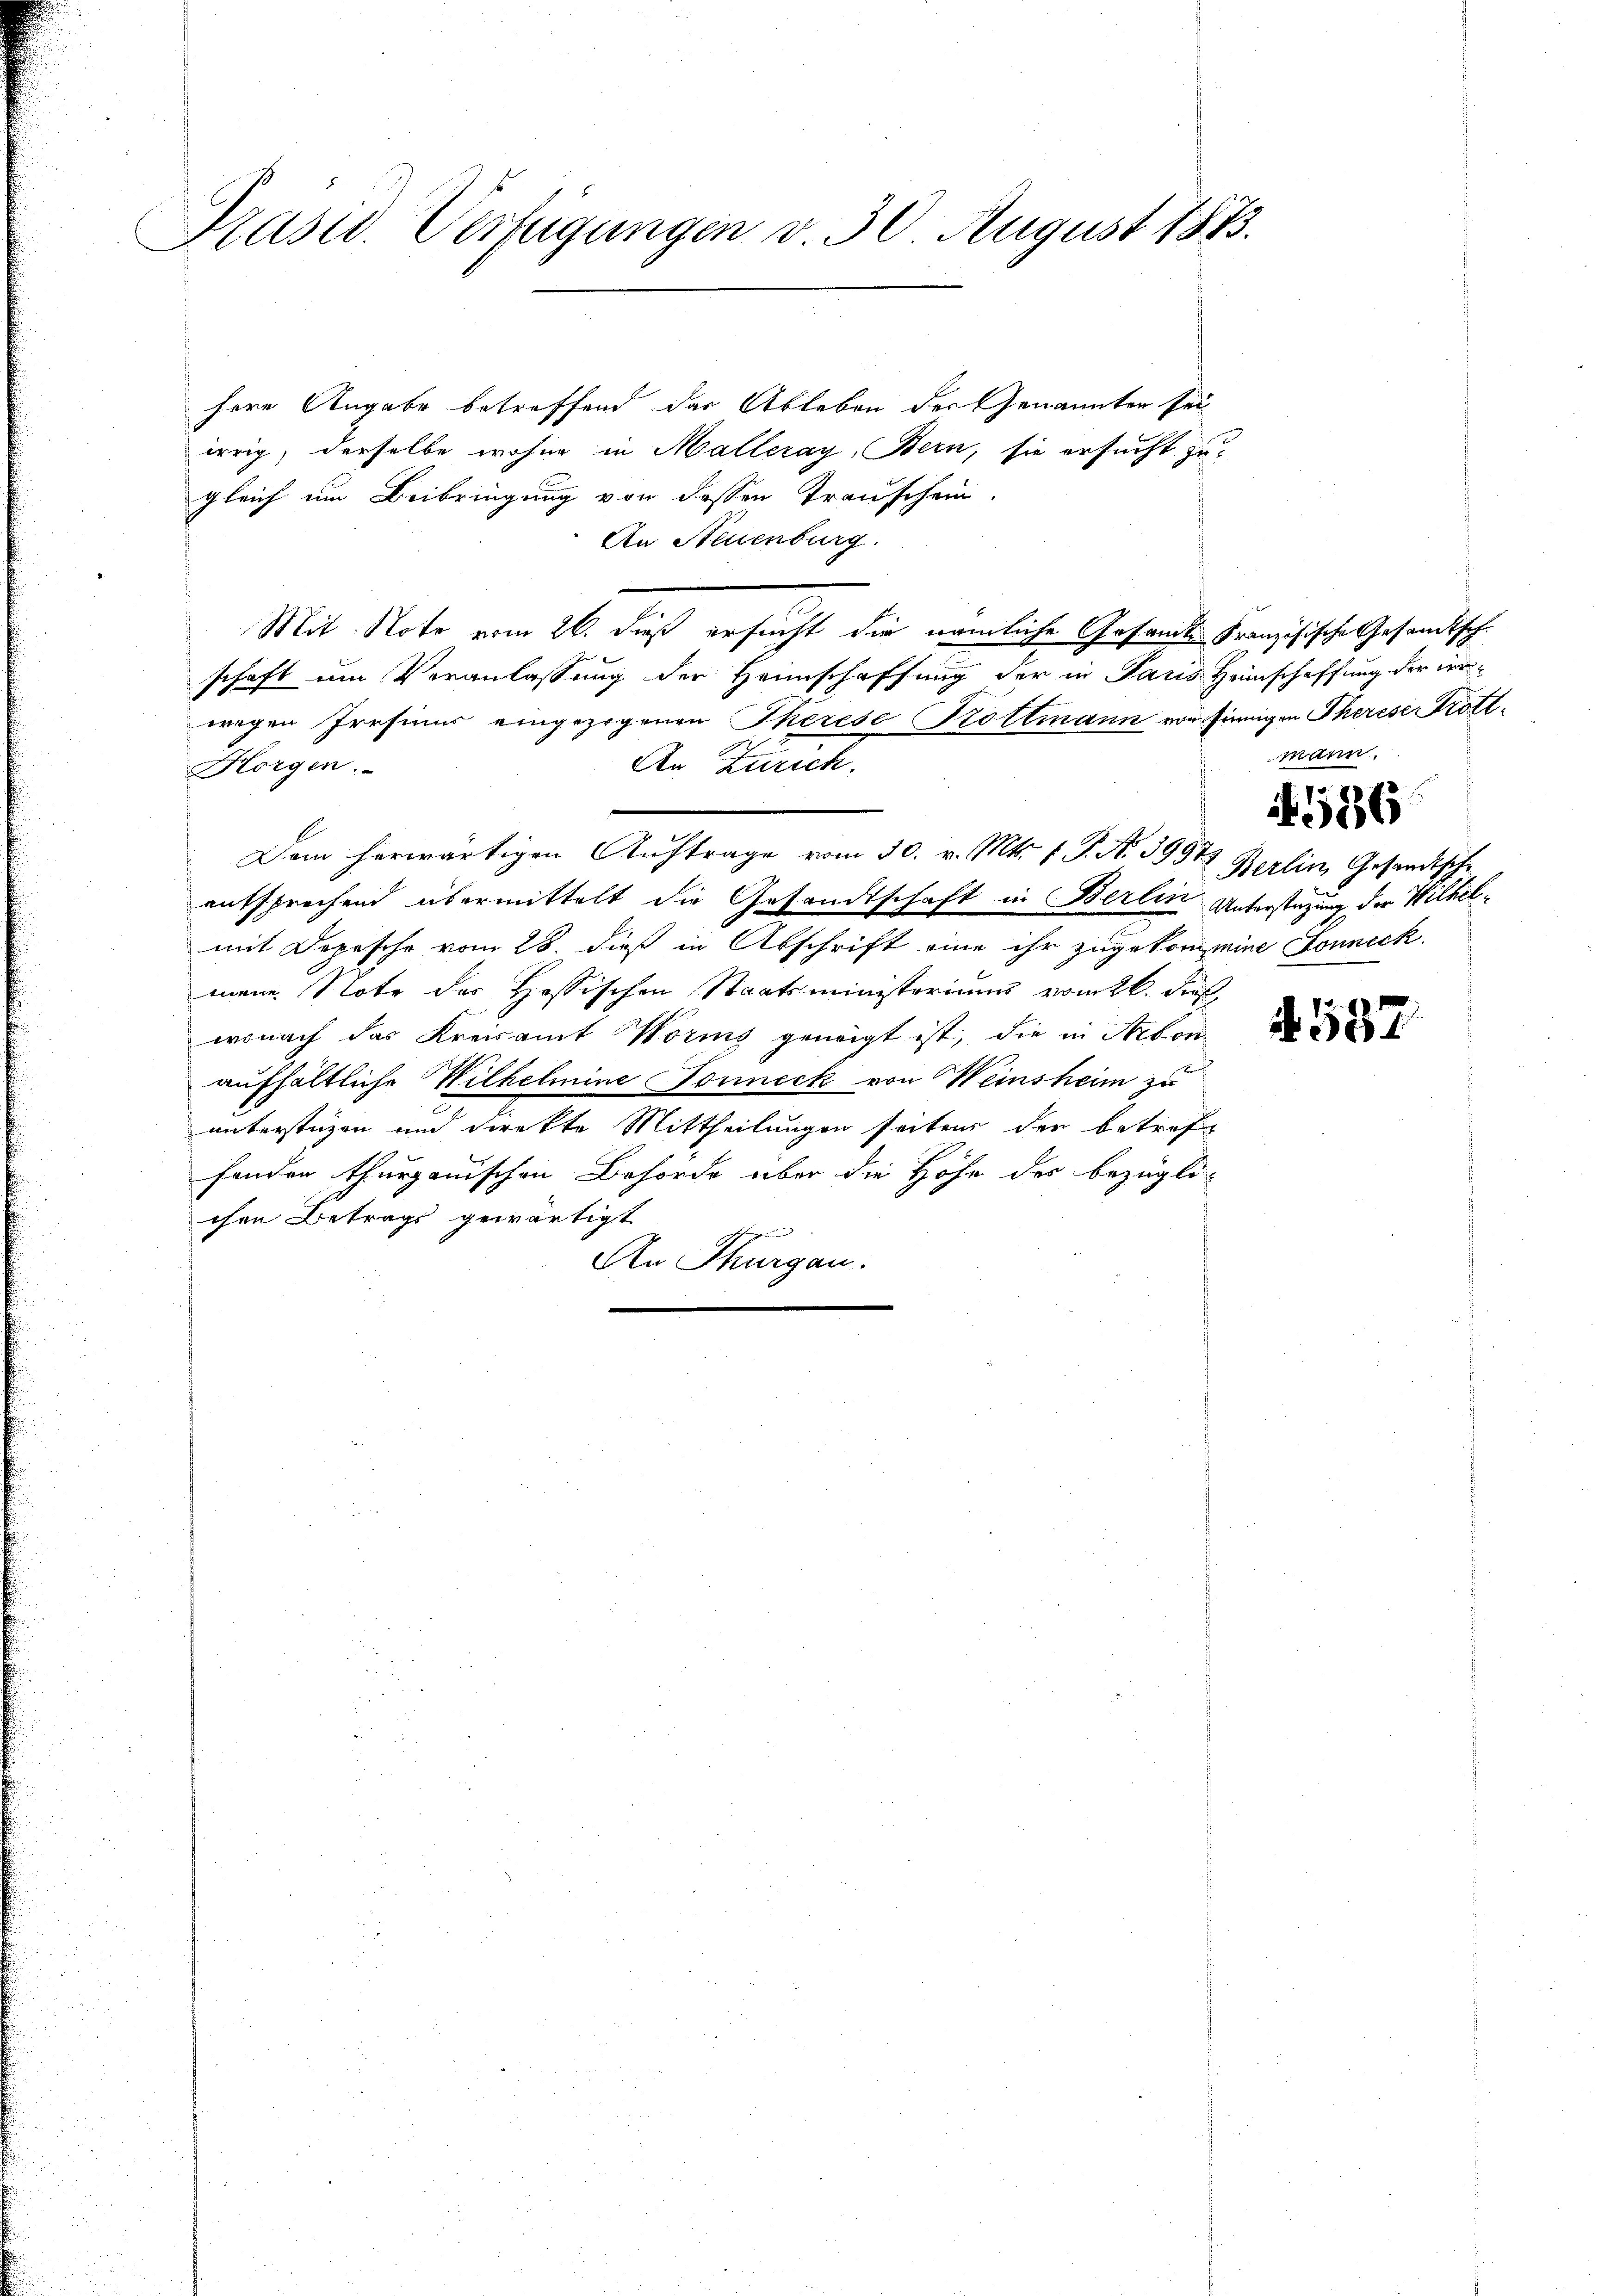
Präsid. Verfügungen v. 30 August 1873.

here Angabe betreffend das Ableben der Genannten sei
irrig, derselbe wohne in Malleray, Bern, sie ersucht zugleich um Beibringung von dessen Trauschein.
An Steuenburg.
Mit Note vom 26. dieß ersucht die nämliche Gesamte Französische Gesamtsch
haft um Veranlassung der Heimschaffung der in Paris Heimschaffung der irr¬
.
wegen Irrsinus eingezogenen Therese Bottmann vor sinnigen Therese Trott¬
An Zürich.
Horgen.
Dem herwärtigen Auftrage vom 30. v. Mts. 1. P. No 3997 Berlin, Gesandtsche
entsprechend übermittelt die Gesandtschaft in Berlin Unterstüzung der Wilhelmit Depesche vom 28. dieß in Abschrift eine ihr zugekommine Sonneck
mene Note der Hössischen Staatsministeriums vom 26. Dez.
wonach das Kreisamt Wörig geneigt ist, die in Arbonaufhältliche Wilhelmine Sonneck von Weinsheim zu
unterstüzen und direkte Mittheilungen seitens der betreffenden thurgauischen Behörde über die Höhe des bezüglichen Betrags gewärtigt
Beinen
An Thurgau.

mann.
586

S. 537